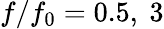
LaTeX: f/f_{0}=0.5,\ 3